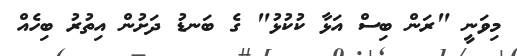
މިވަނީ "ރަން ބިސް އަޅާ ކުކުޅު" ގެ ބަނޑު ދަށުން އިތުރު ބިހެއް